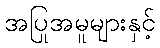
အပြုအမူများနှင့်